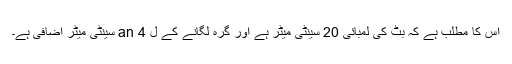
اس کا مطلب ہے کہ بٹ کی لمبائی 20 سینٹی میٹر ہے اور گرہ لگانے کے ل an 4 سینٹی میٹر اضافی ہے۔